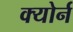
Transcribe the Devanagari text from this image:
क्योर्न